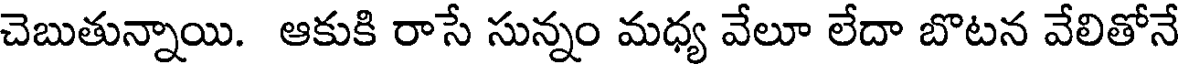
చెబుతున్నాయి. ఆకుకి రాసే సున్నం మధ్య వేలూ లేదా బొటన వేలితోనే